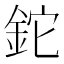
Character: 鉈